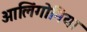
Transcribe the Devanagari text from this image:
आलिंगोनिया